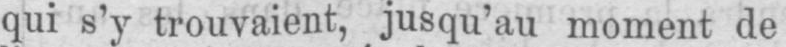
qui s’y trouvaient, jusqu’au moment de